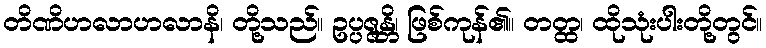
တိဏိဟလာဟလာနိ၊ တို့သည်။ ဥပ္ပဇ္ဇန္တိ၊ ဖြစ်ကုန်၏။ တတ္ထ၊ ထိုသုံးပါးတို့တွင်။